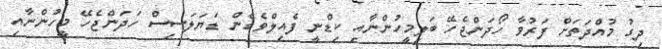
ދިގު މުއްދަތަށް ފަރުވާ ހޯދަންޖެހޭ ބަލިމީހުންނާއި ކިޑްނީ ފެއިލްވެގެން ޑަޔަލަސިސް ހަދަންޖެހޭ މީހުންނާއި